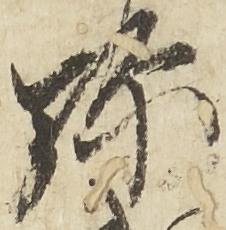
弥